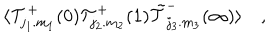
\langle { \cal T } _ { j _ { 1 } . m _ { 1 } } ^ { + } ( 0 ) { \cal T } _ { j _ { 2 } . m _ { 2 } } ^ { + } ( 1 ) \tilde { \cal T } _ { j _ { 3 } . m _ { 3 } } ^ { - } ( \infty ) \rangle \quad ,